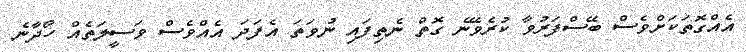
އެއްގޮތަކަށްވެސް ބޭސްފަރުވާ ކުރެވޭނެ ގޮތް ނެތިފައި ނުވަތަ އެފަދަ އެއްވެސް ވަސީލަތެއް ހޯދާނެ